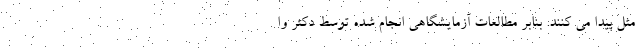
مثل پیدا می کنند. بنابر مطالعات آزمایشگاهی انجام شده توسط دکتر وا